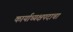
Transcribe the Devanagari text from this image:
कार्याध्यक्षपदाचा